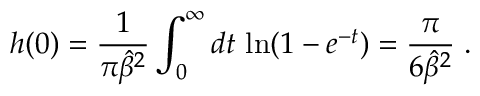
h ( 0 ) = { \frac { 1 } { \pi { \hat { \beta } } ^ { 2 } } } \int _ { 0 } ^ { \infty } d t \, \ln ( 1 - e ^ { - t } ) = \frac { \pi } { 6 { \hat { \beta } } ^ { 2 } } \; .